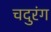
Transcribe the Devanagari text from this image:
चदुरंग